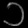
Digit: ၁